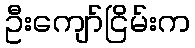
ဦးကျော်ငြိမ်းက